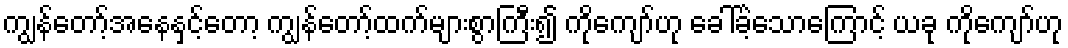
ကျွန်တော့်အနေနှင့်တော့ ကျွန်တော့်ထက်များစွာကြီး၍ ကိုကျော်ဟု ခေါ်ခဲ့သောကြောင့် ယခု ကိုကျော်ဟု